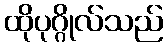
ထိုပုဂ္ဂိုလ်သည်